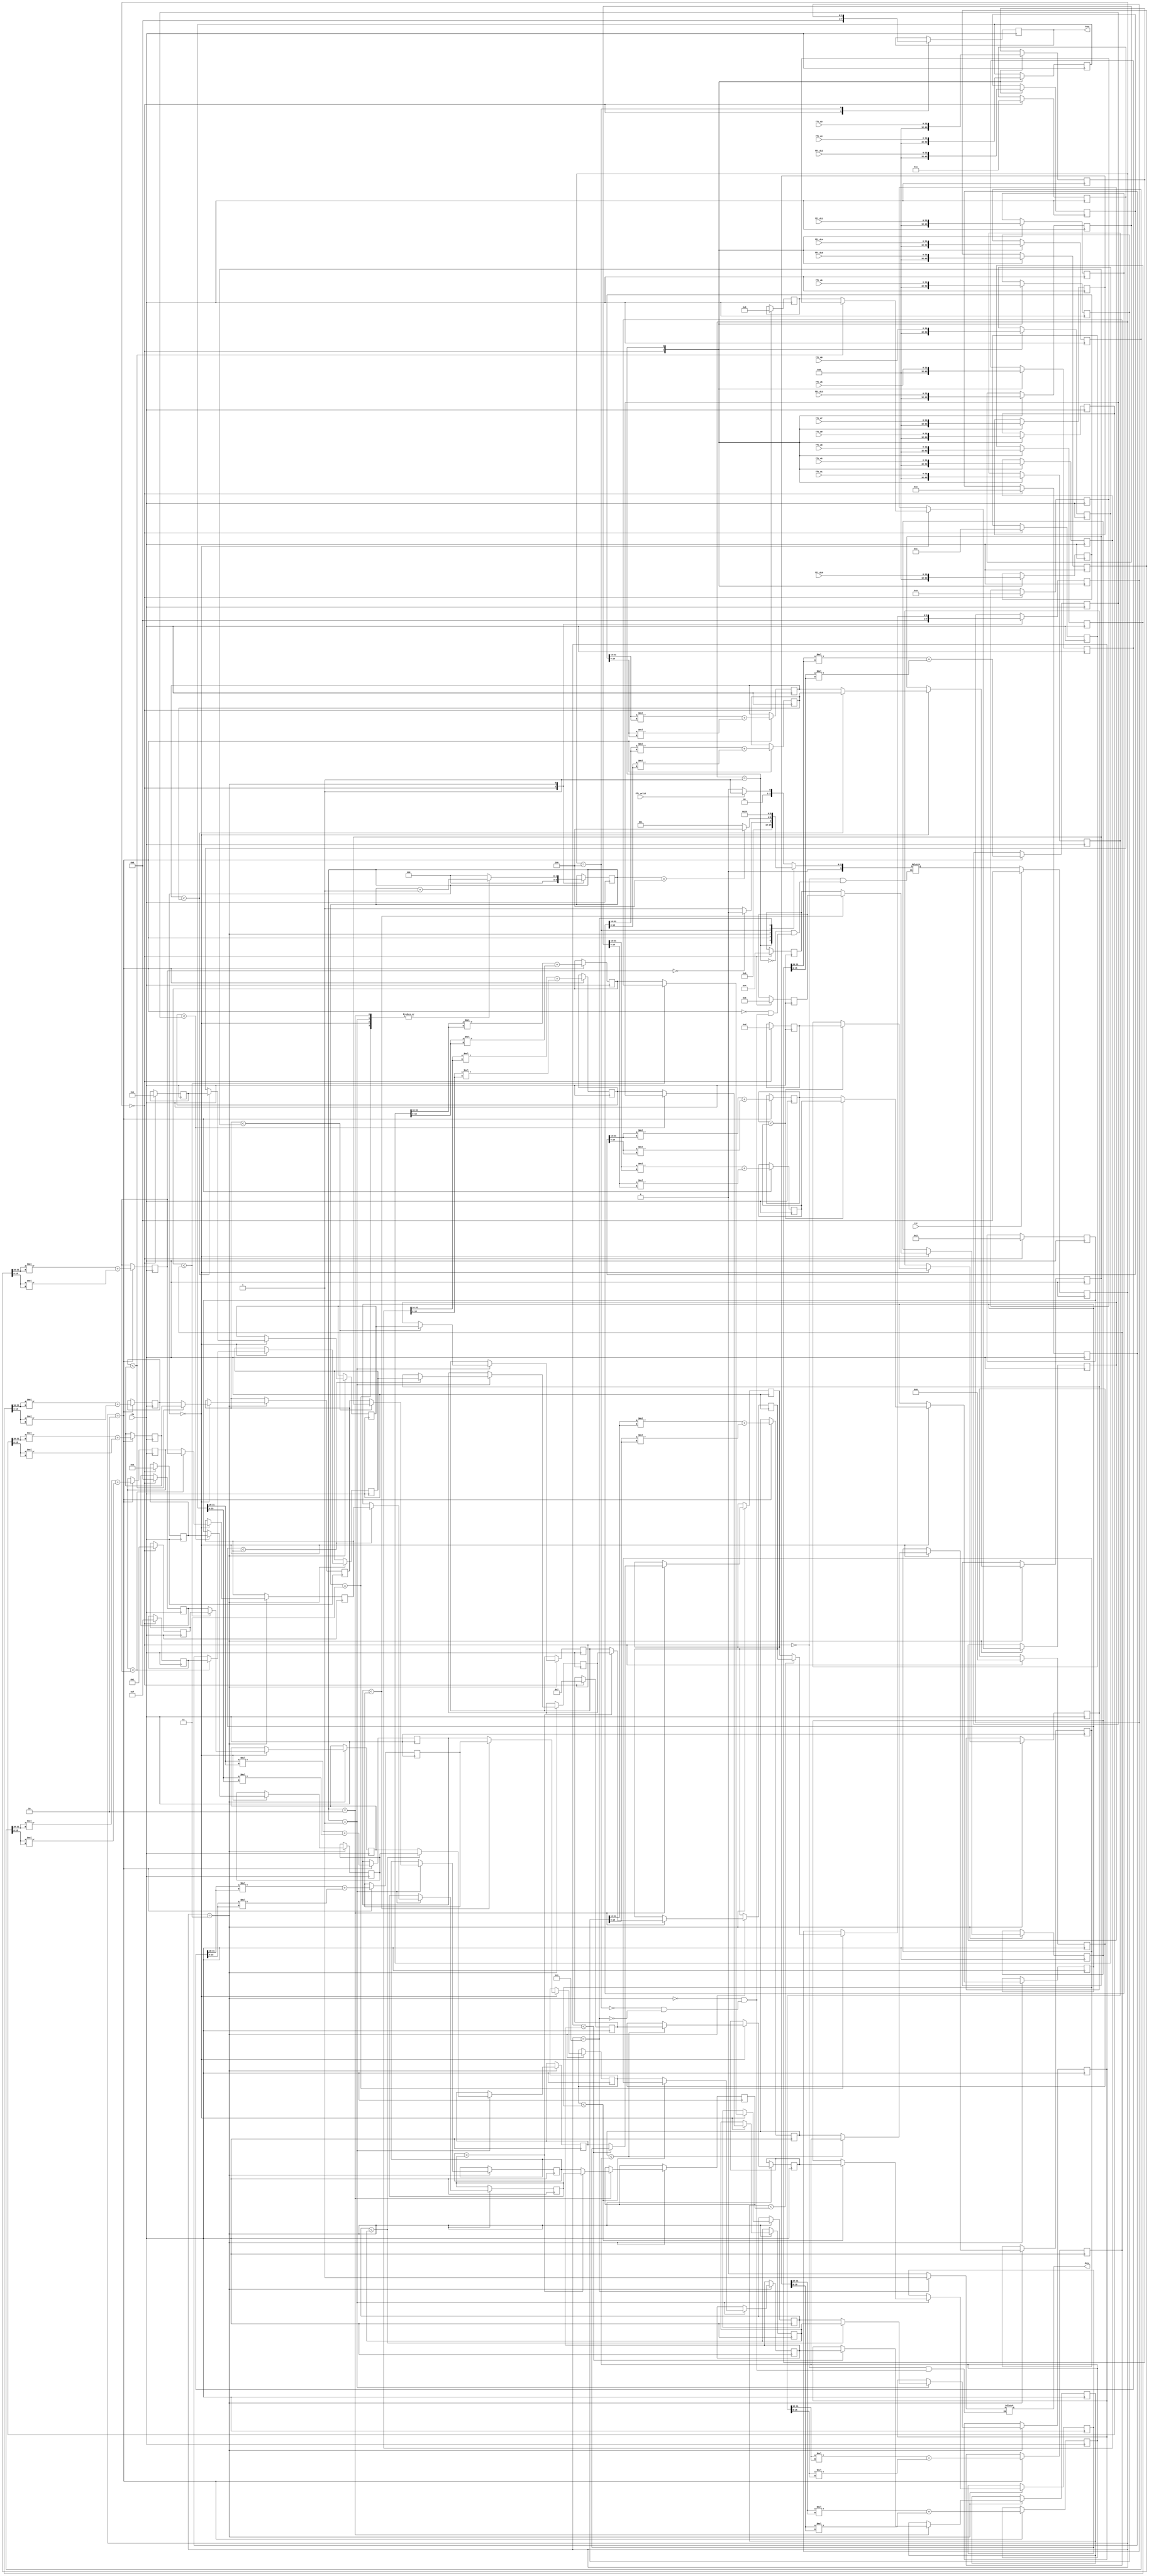
module ANALYSIS(clk, rst, fft_valid, 
fft_d0, fft_d1, fft_d2, fft_d3, fft_d4, fft_d5, fft_d6, fft_d7, 
fft_d8, fft_d9, fft_d10, fft_d11, fft_d12, fft_d13, fft_d14, fft_d15,
done, freq);

input clk, rst;
input fft_valid;
input [31:0] fft_d0, fft_d1, fft_d2, fft_d3, fft_d4, fft_d5, fft_d6, fft_d7, 
              fft_d8, fft_d9, fft_d10, fft_d11, fft_d12, fft_d13, fft_d14, fft_d15;
output reg done;
output reg [3:0] freq;

parameter IDLE = 0 , ACC = 1 , CAL = 2 , SORT = 3 , OUT1 = 4 , OUT2 = 5;

reg [3:0] cs , ns;
reg [31:0] band [15:0];
reg [31:0] band_r [15:0];
reg [2:0] scnt;
reg [3:0] f [15:0];

reg [31:0] s1 [7:0];
reg [31:0] s2 [3:0];
reg [31:0] s3 [1:0];
reg [31:0] s4;

reg [3:0] f1 [7:0];
reg [3:0] f2 [3:0];
reg [3:0] f3 [1:0];
reg [3:0] f4;

always @ (posedge clk) begin 
    if(rst) begin 
        cs <= IDLE;
    end else begin 
        cs <= ns;
    end
end

always @ (*) begin 
    case(cs)
        IDLE : begin 
            if(fft_valid) begin 
                ns = ACC;
            end else begin 
                ns = IDLE;
            end
        end

        ACC : begin 
            ns <= CAL;
        end


        CAL : begin 
            if(band_r[15] == 0) begin 
                ns = CAL;
            end else begin 
                ns = SORT;
            end
        end

        SORT : begin 
            if(scnt == 4) begin 
                ns = OUT1;
            end else begin 
                ns = SORT;
            end
        end

        OUT1 : begin 
            ns = OUT2;
        end

        OUT2 : begin 
            ns = IDLE;
        end

    endcase
end

always @ (*) begin 
    case(cs)
        IDLE : begin 
            done = 0;
        end

        SORT : begin 
            done = 0;
        end

        OUT1 : begin 
            done = 0;
        end

        OUT2 : begin 
            done = 1;
        end

    endcase
end

always @ (posedge clk) begin 
    case(cs)
        IDLE : begin 
            band[0] <= 0;
            band[1] <= 0;
            band[2] <= 0;
            band[3] <= 0;
            band[4] <= 0;
            band[5] <= 0;
            band[6] <= 0;
            band[7] <= 0;
            band[8] <= 0;
            band[9] <= 0;
            band[10] <= 0;
            band[11] <= 0;
            band[12] <= 0;
            band[13] <= 0;
            band[14] <= 0;
            band[15] <= 0;

            f[0] <= 0;
            f[1] <= 1;
            f[2] <= 2;
            f[3] <= 3;
            f[4] <= 4;
            f[5] <= 5;
            f[6] <= 6;
            f[7] <= 7;
            f[8] <= 8;
            f[9] <= 9;
            f[10] <= 10;
            f[11] <= 11;
            f[12] <= 12;
            f[13] <= 13;
            f[14] <= 14;
            f[15] <= 15;

            scnt <= 0;
            f4 <= 0; 
            s4 <= 0;
            freq <= 0;
        end

        ACC : begin 
            band[0] <= fft_d0;
            band[1] <= fft_d1;
            band[2] <= fft_d2;
            band[3] <= fft_d3;
            band[4] <= fft_d4;
            band[5] <= fft_d5;
            band[6] <= fft_d6;
            band[7] <= fft_d7;
            band[8] <= fft_d8;
            band[9] <= fft_d9;
            band[10] <= fft_d10;
            band[11] <= fft_d11;
            band[12] <= fft_d12;
            band[13] <= fft_d13;
            band[14] <= fft_d14;
            band[15] <= fft_d15;
        end

        CAL : begin 
            band_r[0] <= $signed({band[0][31:16]}) * $signed({band[0][31:16]}) + $signed({band[0][15:0]}) * $signed({band[0][15:0]});
            band_r[1] <= $signed({band[1][31:16]}) * $signed({band[1][31:16]}) + $signed({band[1][15:0]}) * $signed({band[1][15:0]});
            band_r[2] <= $signed({band[2][31:16]}) * $signed({band[2][31:16]}) + $signed({band[2][15:0]}) * $signed({band[2][15:0]});
            band_r[3] <= $signed({band[3][31:16]}) * $signed({band[3][31:16]}) + $signed({band[3][15:0]}) * $signed({band[3][15:0]});
            band_r[4] <= $signed({band[4][31:16]}) * $signed({band[4][31:16]}) + $signed({band[4][15:0]}) * $signed({band[4][15:0]});
            band_r[5] <= $signed({band[5][31:16]}) * $signed({band[5][31:16]}) + $signed({band[5][15:0]}) * $signed({band[5][15:0]});
            band_r[6] <= $signed({band[6][31:16]}) * $signed({band[6][31:16]}) + $signed({band[6][15:0]}) * $signed({band[6][15:0]});
            band_r[7] <= $signed({band[7][31:16]}) * $signed({band[7][31:16]}) + $signed({band[7][15:0]}) * $signed({band[7][15:0]});
            band_r[8] <= $signed({band[8][31:16]}) * $signed({band[8][31:16]}) + $signed({band[8][15:0]}) * $signed({band[8][15:0]});
            band_r[9] <= $signed({band[9][31:16]}) * $signed({band[9][31:16]}) + $signed({band[9][15:0]}) * $signed({band[9][15:0]});
            band_r[10] <= $signed({band[10][31:16]}) * $signed({band[10][31:16]}) + $signed({band[10][15:0]}) * $signed({band[10][15:0]});
            band_r[11] <= $signed({band[11][31:16]}) * $signed({band[11][31:16]}) + $signed({band[11][15:0]}) * $signed({band[11][15:0]});
            band_r[12] <= $signed({band[12][31:16]}) * $signed({band[12][31:16]}) + $signed({band[12][15:0]}) * $signed({band[12][15:0]});
            band_r[13] <= $signed({band[13][31:16]}) * $signed({band[13][31:16]}) + $signed({band[13][15:0]}) * $signed({band[13][15:0]});
            band_r[14] <= $signed({band[14][31:16]}) * $signed({band[14][31:16]}) + $signed({band[14][15:0]}) * $signed({band[14][15:0]});
            band_r[15] <= $signed({band[15][31:16]}) * $signed({band[15][31:16]}) + $signed({band[15][15:0]}) * $signed({band[15][15:0]});
        end

        SORT : begin 
            scnt <= scnt + 1;
            
            case(scnt)
                0 : begin 
                    if(band_r[0] < band_r[1]) begin 
                        s1[0] <= band_r[1];
                        f1[0] <= f[1];
                    end else begin 
                        s1[0] <= band_r[0];
                        f1[0] <= f[0];
                    end

                    if(band_r[2] < band_r[3]) begin 
                        s1[1] <= band_r[3];
                        f1[1] <= f[3];
                    end else begin 
                        s1[1] <= band_r[2];
                        f1[1] <= f[2];
                    end

                    if(band_r[4] < band_r[5]) begin 
                        s1[2] <= band_r[5];
                        f1[2] <= f[5];
                    end else begin 
                        s1[2] <= band_r[4];
                        f1[2] <= f[4];
                    end

                    if(band_r[6] < band_r[7]) begin 
                        s1[3] <= band_r[7];
                        f1[3] <= f[7];
                    end else begin 
                        s1[3] <= band_r[6];
                        f1[3] <= f[6];
                    end

                    if(band_r[8] < band_r[9]) begin 
                        s1[4] <= band_r[9];
                        f1[4] <= f[9];
                    end else begin 
                        s1[4] <= band_r[8];
                        f1[4] <= f[8];
                    end

                    if(band_r[10] < band_r[11]) begin 
                        s1[5] <= band_r[11];
                        f1[5] <= f[11];
                    end else begin 
                        s1[5] <= band_r[10];
                        f1[5] <= f[10];
                    end

                    if(band_r[12] < band_r[13]) begin 
                        s1[6] <= band_r[13];
                        f1[6] <= f[13];
                    end else begin 
                        s1[6] <= band_r[12];
                        f1[6] <= f[12];
                    end

                    if(band_r[14] < band_r[15]) begin 
                        s1[7] <= band_r[15];
                        f1[7] <= f[15];
                    end else begin 
                        s1[7] <= band_r[14];
                        f1[7] <= f[14];
                    end
                end

                1 : begin 
                    if(s1[0] < s1[1]) begin 
                        s2[0] <= s1[1];
                        f2[0] <= f1[1];
                    end else begin 
                        s2[0] <= s1[0];
                        f2[0] <= f1[0];
                    end

                    if(s1[2] < s1[3]) begin 
                        s2[1] <= s1[3];
                        f2[1] <= f1[3];
                    end else begin 
                        s2[1] <= s1[2];
                        f2[1] <= f1[2];
                    end

                    if(s1[4] < s1[5]) begin 
                        s2[2] <= s1[5];
                        f2[2] <= f1[5];
                    end else begin 
                        s2[2] <= s1[4];
                        f2[2] <= f1[4];
                    end

                    if(s1[6] < s1[7]) begin 
                        s2[3] <= s1[7];
                        f2[3] <= f1[7];
                    end else begin 
                        s2[3] <= s1[6];
                        f2[3] <= f1[6];
                    end
                end

                2 : begin 
                    if(s2[0] < s2[1]) begin 
                        s3[0] <= s2[1];
                        f3[0] <= f2[1];
                    end else begin 
                        s3[0] <= s2[0];
                        f3[0] <= f2[0];
                    end

                    if(s2[2] < s2[3]) begin 
                        s3[1] <= s2[3];
                        f3[1] <= f2[3];
                    end else begin 
                        s3[1] <= s2[2];
                        f3[1] <= f2[2];
                    end
                end

                3 : begin 
                    if(s3[0] < s3[1]) begin 
                        s4 <= s3[1];
                        f4 <= f3[1];
                    end else begin 
                        s4 <= s3[0];
                        f4 <= f3[0];
                    end    
                end

                default : begin 
                    scnt <= 0;
                end

            endcase
        end

        OUT1 : begin 
            freq <= f4;
        end

    endcase
end

  
endmodule